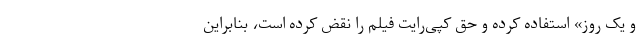
و یک روز» استفاده کرده و حق کپی‌رایت فیلم را نقض کرده است، بنابراین